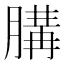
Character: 䐟